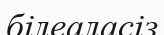
білеаласіз